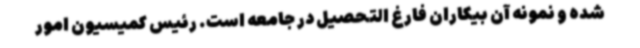
شده و نمونه آن بیکاران فارغ التحصیل در جامعه است. رئیس کمیسیون امور